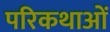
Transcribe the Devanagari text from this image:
परिकथाओं